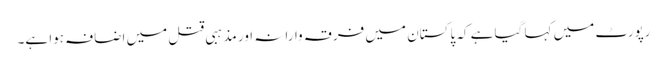
رپورٹ میں کہا گیا ہے کہ پاکستان میں فرقہ وارانہ اور مذہبی قتل میں اضافہ ہوا ہے۔